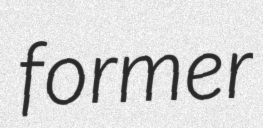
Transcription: former